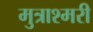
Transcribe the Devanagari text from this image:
मुत्राश्मरी